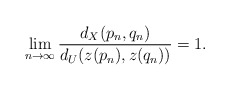
\begin{align*}\lim_{n\to\infty}\frac{d_X(p_n,q_n)}{d_U(z(p_n),z(q_n))}=1.\end{align*}